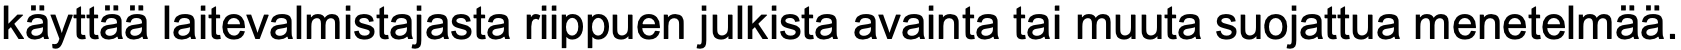
käyttää laitevalmistajasta riippuen julkista avainta tai muuta suojattua menetelmää.